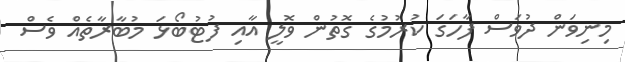
މިނިވަން ދުވަސް ފާހަގަ ކުރުމުގެ ގޮތުން ވޮލީ އާއި ފުޓުބޯޅަ މުބާރާތެއް ވެސް